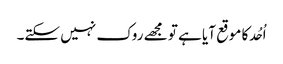
اُحُد کا موقع آیا ہے تو مجھے روک نہیں سکتے۔